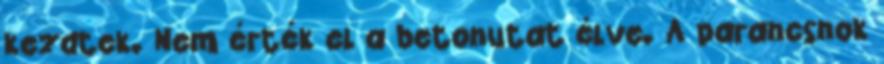
kezdtek. Nem érték el a betonutat élve. A parancsnok